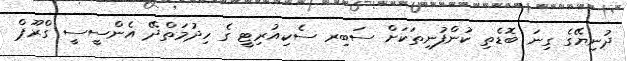
ދުނިޔޭގެ ގިނަ ބޮޑެތި ކުންފުނިތަކަށް ސަބިރ ސެކިއުރިޓީ ގެ ހިދުމަތްދޭ އެންސީސީ ގްރޫޕް